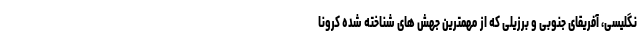
نگلیسی، آفریقای جنوبی و برزیلی که از مهمترین جهش های شناخته شده کرونا